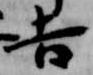
吉